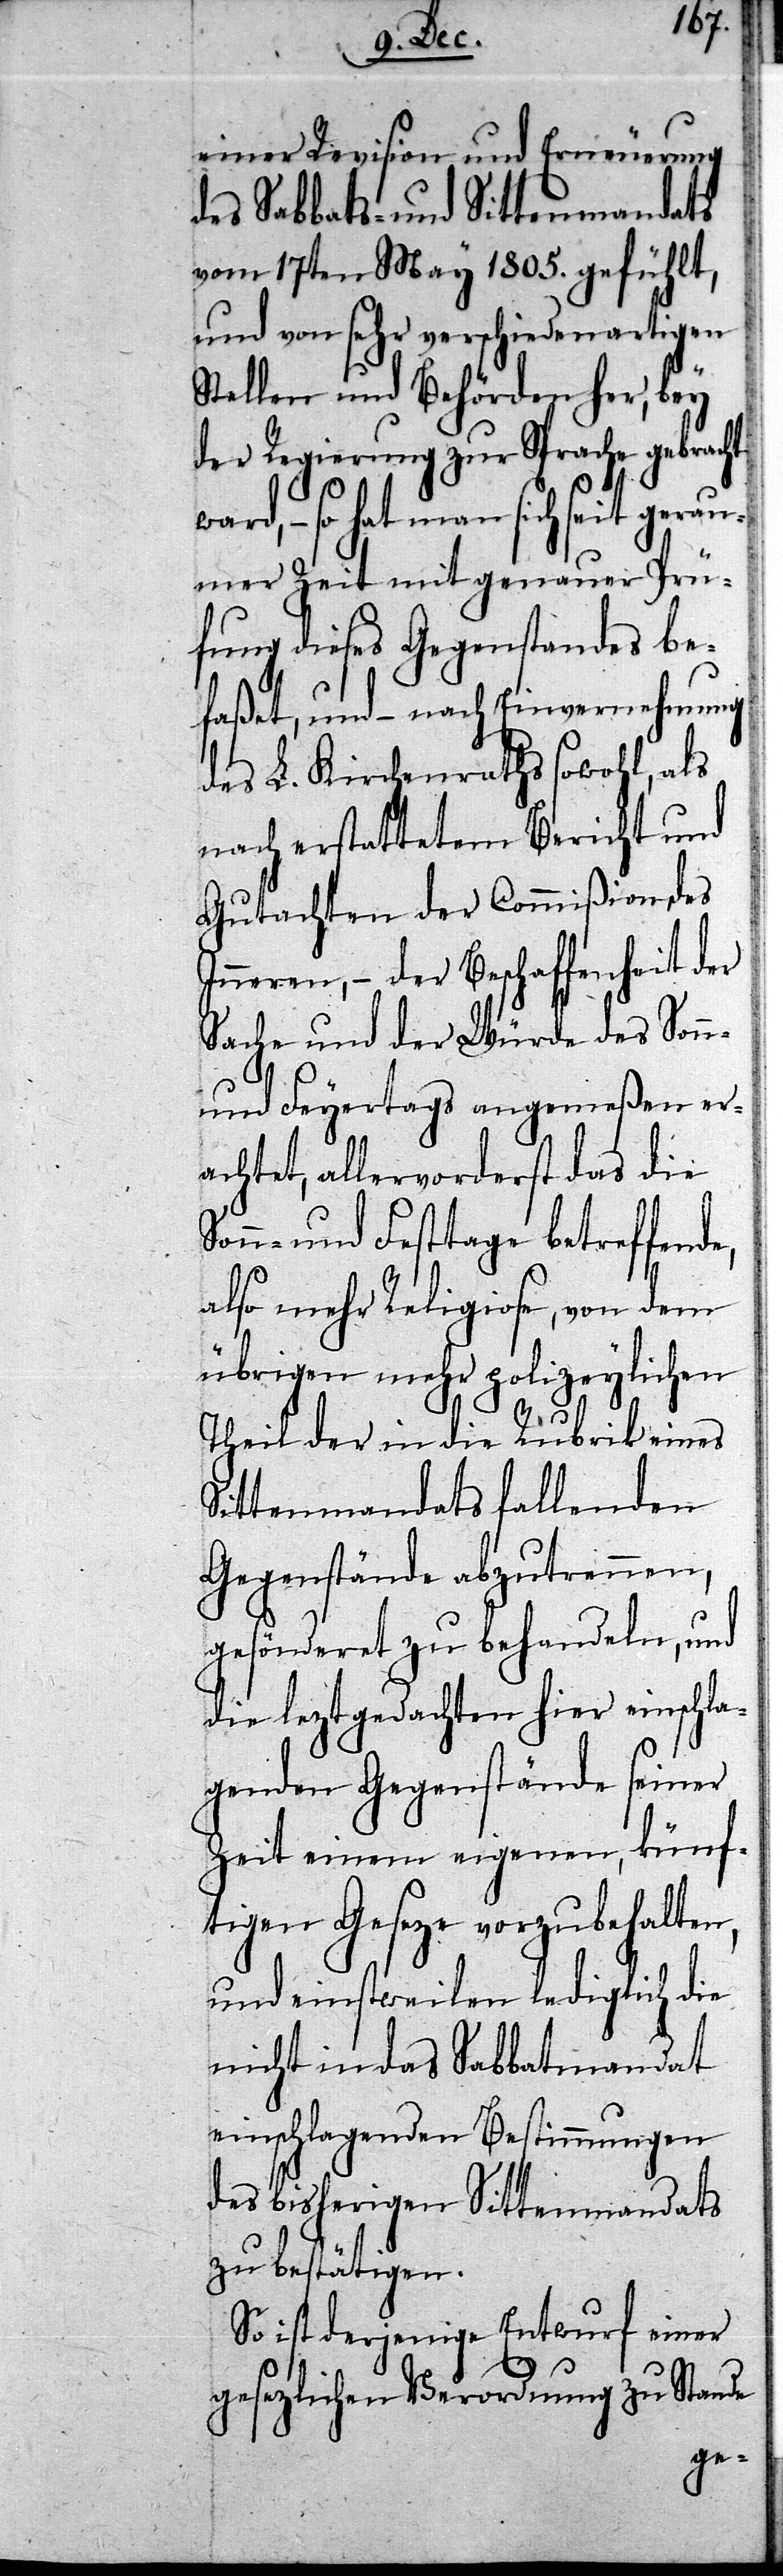
einer Revision und Erneuerung
des Sabbats- und Sittenmandats
vom 17ten May 1805. gefühlt,
und von sehr verschiedenartigen
Stellen und Behörden her, bey
der Regierung zur Sprache gebrac¬
ard, – so hat man sich seit gerau¬
mer Zeit mit genauer Prü¬
fung dieses Gegenstandes be¬
faßet, und – nach Einvernehmung
des L. Kirchenraths sowohl, als
nach erstattetem Bericht und
Gutachten der Commißion des
Inneren, – der Beschaffenheit der
Sache und der Würde des Sonn-
w¬
und Feyertags angemeßen er¬
achtet, allervorderst das die
Sonn- und Festtage betreffende,
also mehr Religiose, von dem
übrigen mehr polizeylichen
Theil der in die Rubrik eines
Sittenmandats fallenden
Gegenstände abzutrennen,
gesönderet zu behandeln, und
die leztgedachten hier einschla¬
genden Gegenstände seiner
Zeit einem eigenen, künf¬
tigen Geseze vorzubehalten,
und einstweilen lediglich die
nicht in das Sabbatmandat
einschlagenden Bestimmungen
des bisherigen Sittenmandats
zu bestätigen.
So ist derjenige Entwurf einer
gesezlichen Verordnung zu Stande